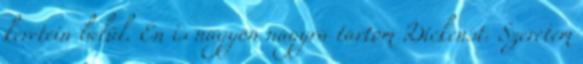
keretein belül. Én is nagyon nagyra tartom Dickenst. Szeretem